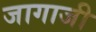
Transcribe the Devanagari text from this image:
जागाजी